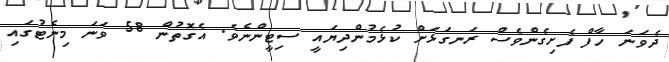
ދެވަނަ ހާފް ފެށިގެންވެސް ރަނގަޅަށް ކުޅެމުންދިޔައީ ސިޓީންނެވެ. އެގޮތުން 58 ވަނަ މިނެޓުގައި